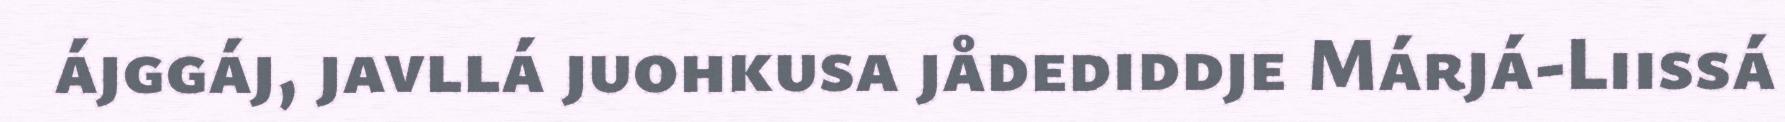
ájggáj, javllá juohkusa jådediddje Márjá-Liissá